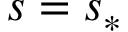
s = s _ { \ast }